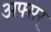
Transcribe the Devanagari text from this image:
अफ्सर्